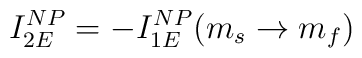
I_{2E}^{NP}=-I_{1E}^{NP}(m_{s}\rightarrow m_{f})